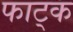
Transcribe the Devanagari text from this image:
फाट्क